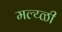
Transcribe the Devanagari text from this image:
मल्य्ळी